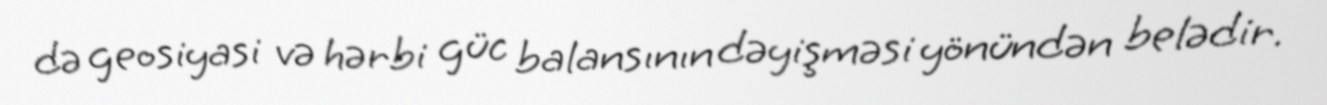
də geosiyasi və hərbi güc balansının dəyişməsi yönündən belədir.